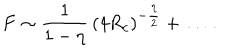
LaTeX: F \sim \frac { 1 } { 1 - \eta } \, ( 4 R _ { c } ) ^ { - { \frac { \eta } { 2 } } } + \ldots \, .